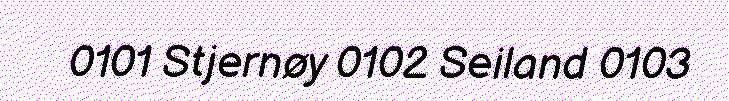
0101 Stjernøy 0102 Seiland 0103